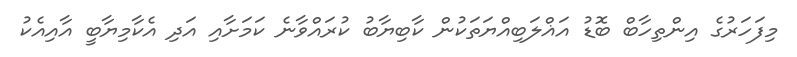
މިފަހަރުގެ އިންތިހާބް ބޮޑު އަޣްލަބިއްޔަތަކުން ކާބިޔާބު ކުރައްވާނެ ކަމަށާއި އަދި އެކާމިޔާބީ އާއިއެކު